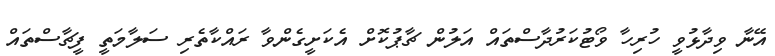
އޭނާ ވިދާޅުވީ ހުރިހާ ވޯޓުކަރުދާސްތައް އަލުން ޗާޕުކޮށް އެކަށީގެންވާ ރައްކާތެރި ސަލާމަތީ ފީޗާސްތައް